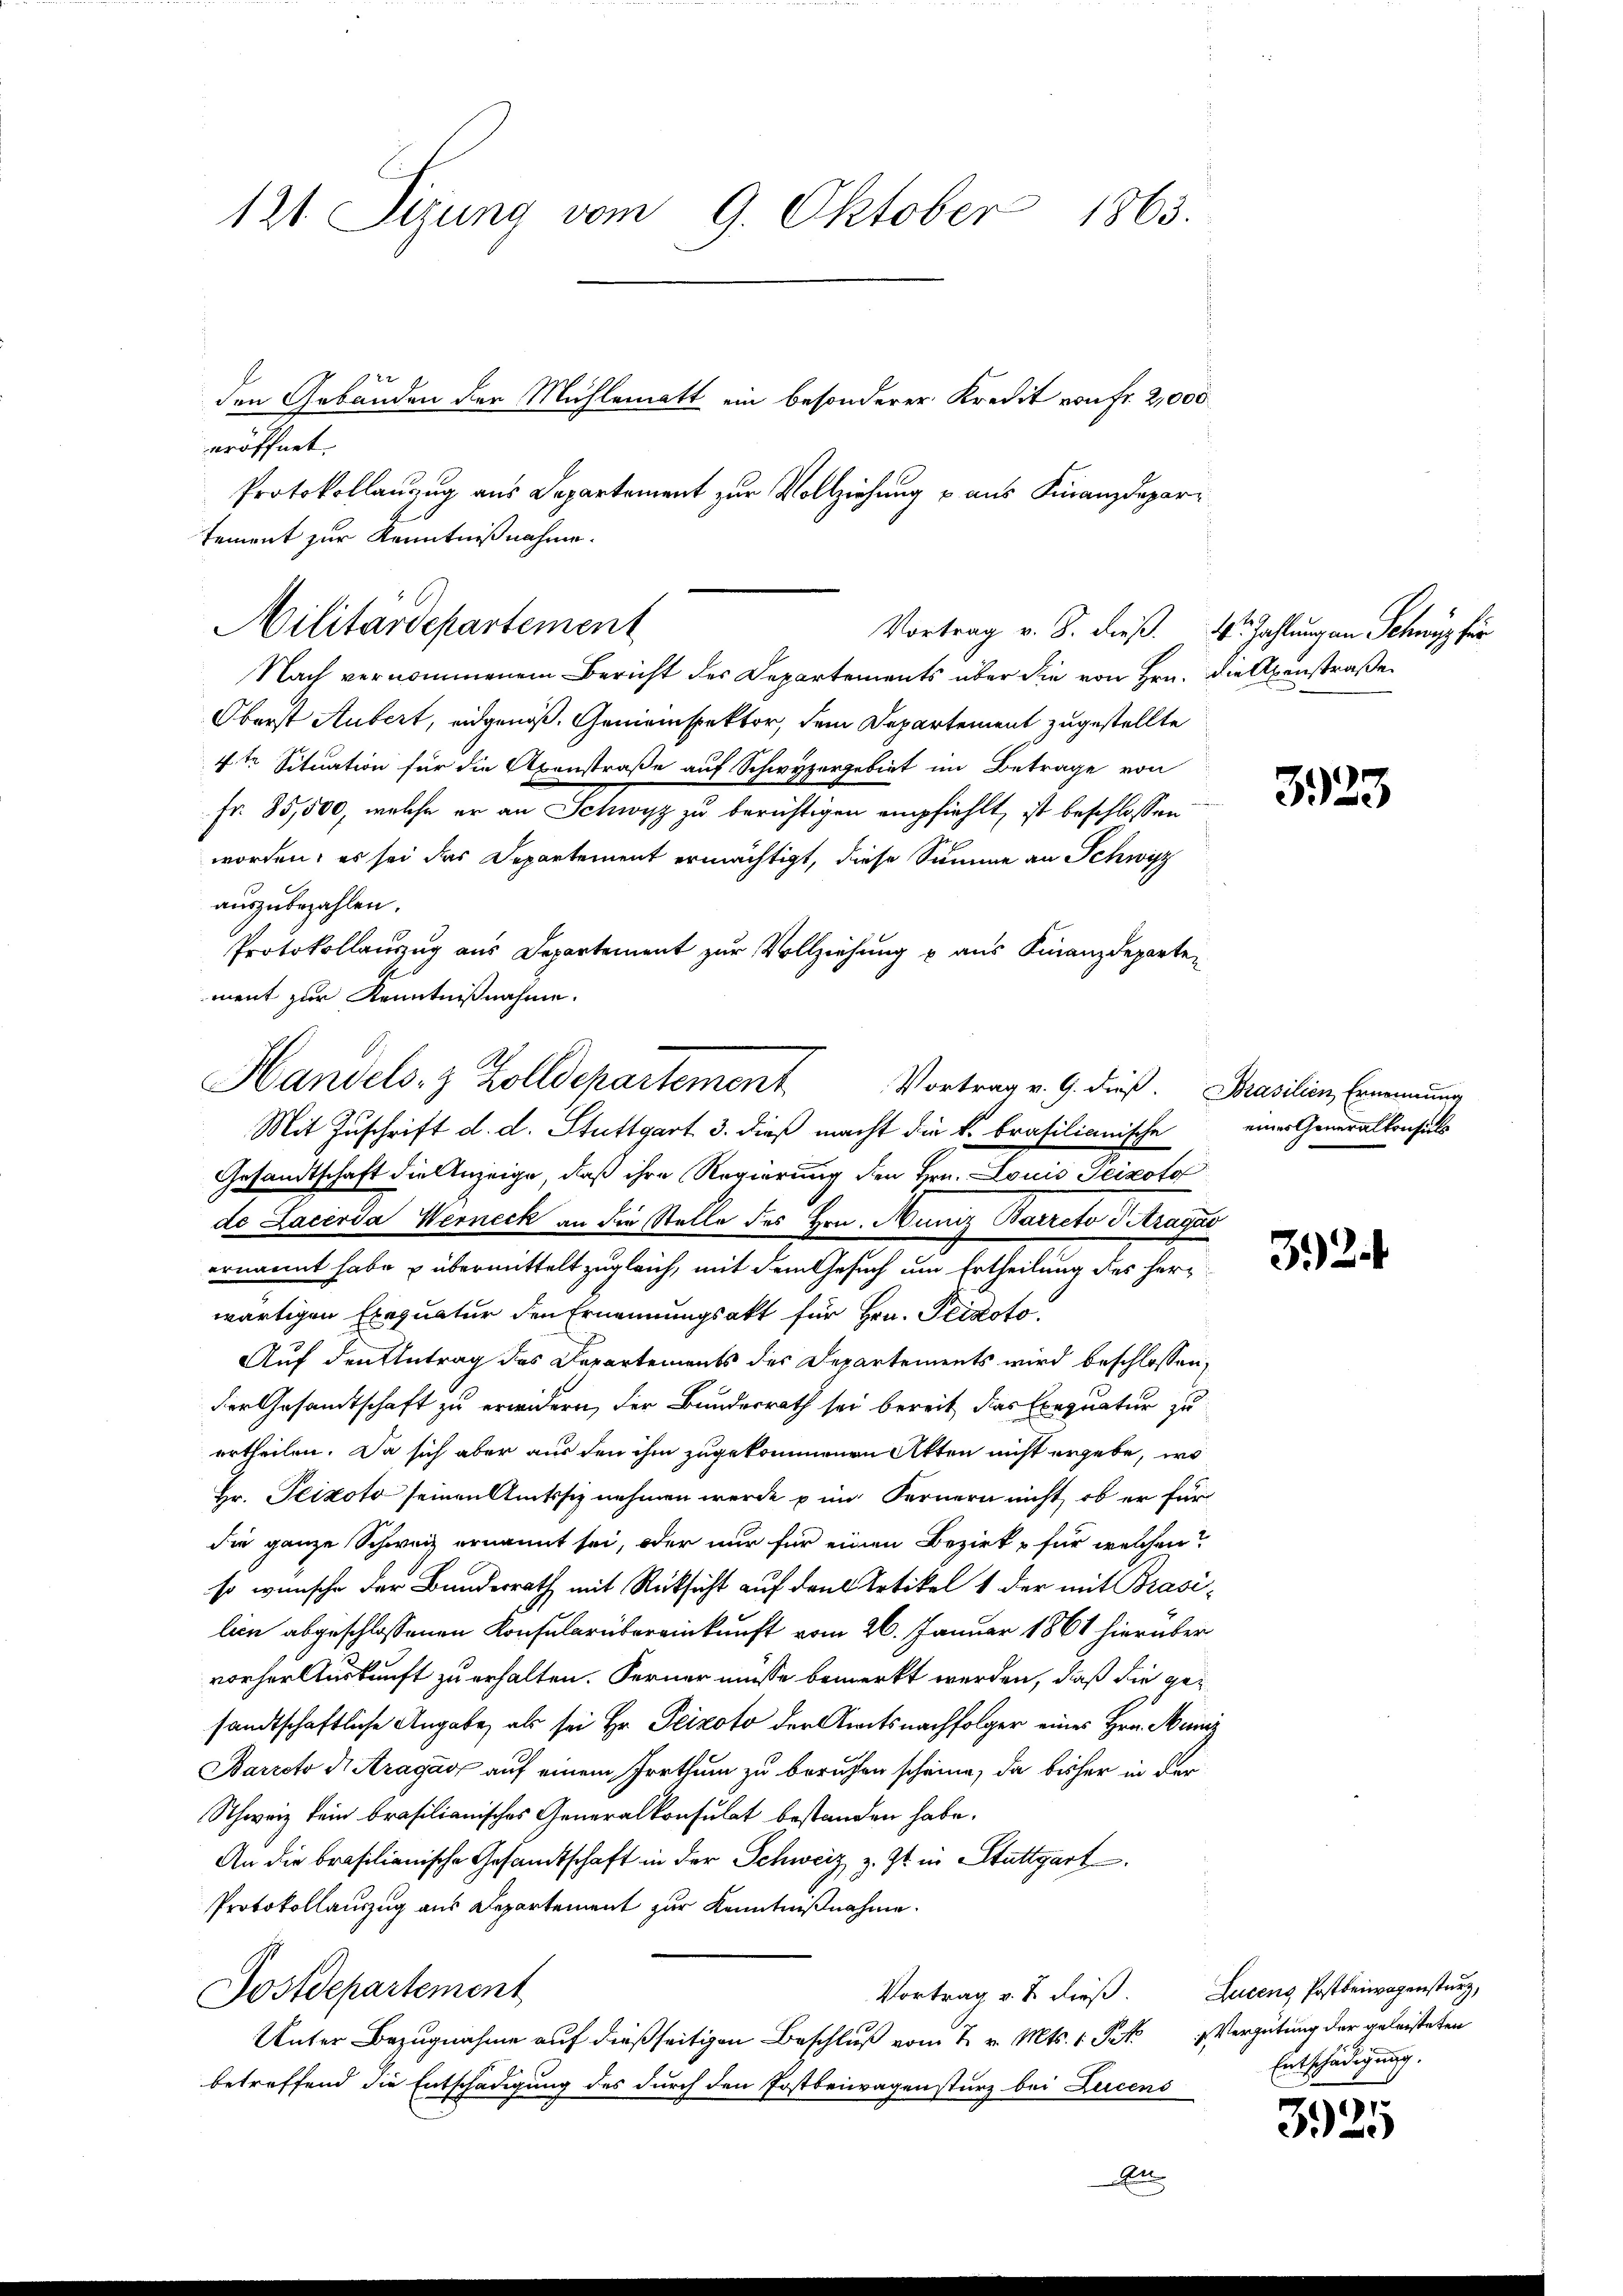
121. Sirung vom 9. Oktober 1863.
den Gebäuden der Mühlematt ein besonderer Kredit von fr. 2,000
eröffnet.
Protokollanzug aus Departement zur Vollziehung u. aus Finanzdepartement zur Kenntnißnahme.

Nach vernommenem Bericht der Departements über die von Hrn. Die Axenstraße
Oberst Aubert, eidgenoß. Gemeinspektor, dem Departement zugestellte
4te Situation für die Axenstraße auf Schwyzergebiet im Betrage von
Fr. 85,500, welche er an Schwyz zu berichtigen empfiehlt, ist beschlossen
worden; es sei das Departement ermächtigt, diese Summe an Schwyz
auszubezahlen.
Protokollauszug aus Departement zur Vollziehung u aus Finanzdeparten
ment zur Kenntnißnahme.
Vortrag v. G. dieß. Brasilien Ernennung
Mit Zuschrift d. d. Stuttgart 3. dieß macht die k. brasilianische
Gesandtschaft die Anzeige, daß ihre Regierung den Hrn. Louis Peizoto
de Lacerda Werneck an die Stelle des Hrn. Muniz Barreto d Aragao
ernannt habe & übermittelt zugleich, mit dem Gesuch um Ertheilung des Herr
wärtigen Exequatur den Ernennungsakt für Hrn. Peizoto
Auf den Antrag des Departements des Departements wird beschlossen,
der Gesandtschaft zu erwidern, der Bundesrath sei bereit, das Exequatur zu
ertheilen. Da sich aber aus den ihm zugekommenen Akten nicht ergebe, wo
Hr. Peikoto seinen Amtssiz nehmen werde in Fernern nicht, ob er für
die ganze Schweiz ernannt sei, oder nur für einen Bezirk - für welchen?
so wünsche der Bundesrath mit Rücksicht auf den Artikel 1 der mit Brasilien abgeschlossenen Konsularübereinkunft vom 26. Januar 1861 hierüber
vorher Auskunft zu erhalten. Ferner müsse bemerkt werden, daß die gesandtschaftliche Angabe, als sei Hr. Peizoto der Amtsnachfolger eines Hrn. Muniz
Barreto di Aragag auf einem Irrthum zu beruhen scheine, da bisher in der
Schweiz kein brasilianisches Generalkonsulat bestanden habe.
An die brasilianische Gesandtschaft in der Schweiz z. Zt. in Stuttgart
Protokollauszug aus Departement zur Kenntnißnahme.
Vortrag v. J. dieß. Lucens Postbeiwogensturz,
Postdepartement
Unter Bezugnahme auf dießseitigen Beschluß vom 2. v. Mts. 1. Frk. Vergütung der geleisteten
betreffend die Entschädigung des durch den Postbeiwagensturz bei Lucens
En

Militärdepartement

Handels- & Zolldepartement

Vortrag v. 8. dieß.  Zahlung an Schwyz für

3923

eines Generalkonsuls

324

Entschädigung.

3925